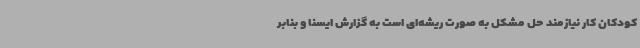
کودکان کار نیازمند حل مشکل به صورت ریشه‌ای است به گزارش ایسنا و بنابر